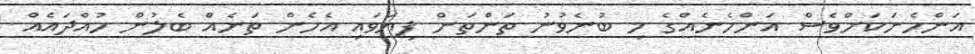
އަންހެނަކަށްވެސް އަންހެނެއްގެ މި ބުނެވުނު ތަންތަން ފިޔަވައި އެހެން ތަނެއް ބެލުން ހުއްދައެއް